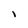
Character: I